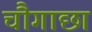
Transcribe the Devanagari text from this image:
चौगाछा